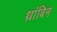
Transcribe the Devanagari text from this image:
थ्रांबिन